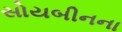
સોયબીનના